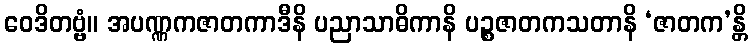
ဝေဒိတဗ္ဗံ။ အပဏ္ဏကဇာတကာဒီနိ ပညာသာဓိကာနိ ပဉ္စဇာတကသတာနိ ‘ဇာတက’န္တိ